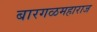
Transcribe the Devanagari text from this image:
बारगळमहाराज